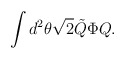
\begin{align*}\int d^2 \theta \sqrt{2} \tilde{Q} \Phi Q .\end{align*}